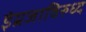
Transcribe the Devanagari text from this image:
इंग्रजाविरुध्द